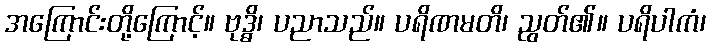
အကြောင်းတို့ကြောင့်။ ဗုဒ္ဓိ၊ ပညာသည်။ ပရိဏမတိ၊ ညွတ်၏။ ပရိပါကံ၊